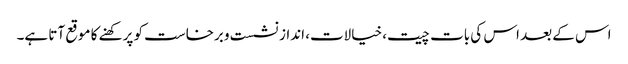
اس کے بعد اس کی بات چیت، خیالات، انداز نشست و برخاست کو پرکھنے کا موقع آتا ہے۔